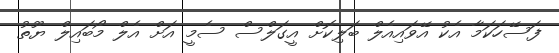
ފަސޭހަކަމާ އެކު އޭވައިއެލް ބަލިކޮށް އީގަލްސް ސެމީ އަށް އެލް މޯބައިލް ޔޫތު